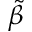
\tilde { \beta }